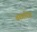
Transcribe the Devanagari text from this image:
वल्गरिस